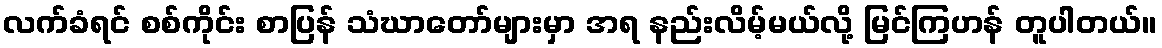
လက်ခံရင် စစ်ကိုင်း စာပြန် သံဃာတော်များမှာ အရ နည်းလိမ့်မယ်လို့ မြင်ကြဟန် တူပါတယ်။